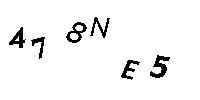
478NE5